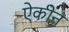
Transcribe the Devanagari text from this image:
ऐकीन